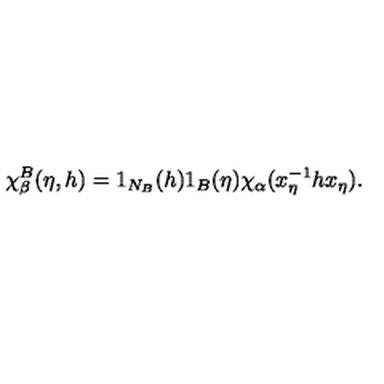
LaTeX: \chi _ { \beta } ^ { B } ( \eta , h ) = 1 _ { N _ { B } } ( h ) 1 _ { B } ( \eta ) \chi _ { \alpha } ( x _ { \eta } ^ { - 1 } h x _ { \eta } ) .